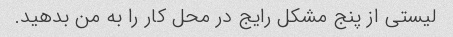
لیستی از پنج مشکل رایج در محل کار را به من بدهید.